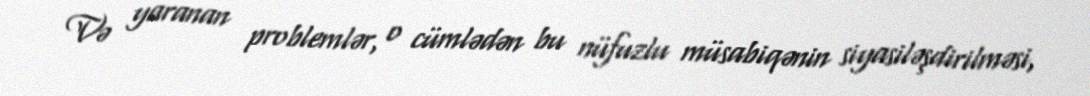
Və yaranan problemlər, o cümlədən bu nüfuzlu müsabiqənin siyasiləşdirilməsi,